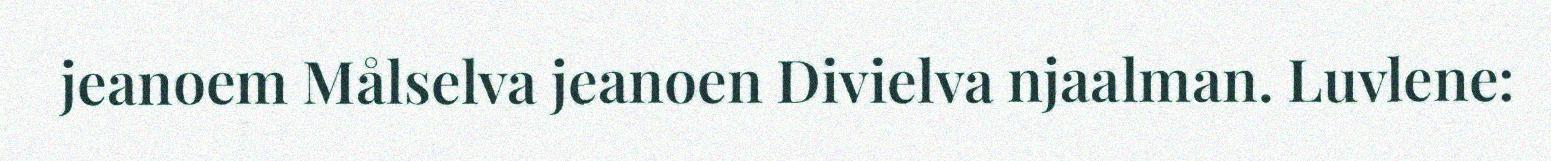
jeanoem Målselva jeanoen Divielva njaalman. Luvlene: